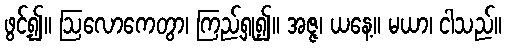
ဖွင့်၍။ ဩလောကေတွာ၊ ကြည့်ရှု၍။ အဇ္ဇ၊ ယနေ့။ မယာ၊ ငါသည်။